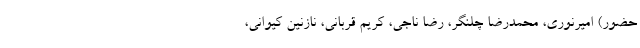
حضور) امیرنوری، محمدرضا چلنگر، رضا ناجی، کریم قربانی، نازنین کیوانی،